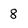
Character: 8